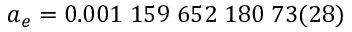
a _ { e } = 0 . 0 0 1 \; 1 5 9 \; 6 5 2 \; 1 8 0 \; 7 3 ( 2 8 )